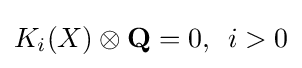
K_{i}(X)\otimes \mathbf {Q} =0,\ \,i>0